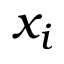
x _ { i }